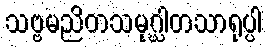
သဗ္ဗမညိတသမုဂ္ဃါတသာရုပ္ပါ